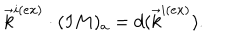
\vec { k } ^ { i ( e x ) } \cdot ( I M ) _ { a } = d ( \vec { k } ^ { i ( e x ) } ) .